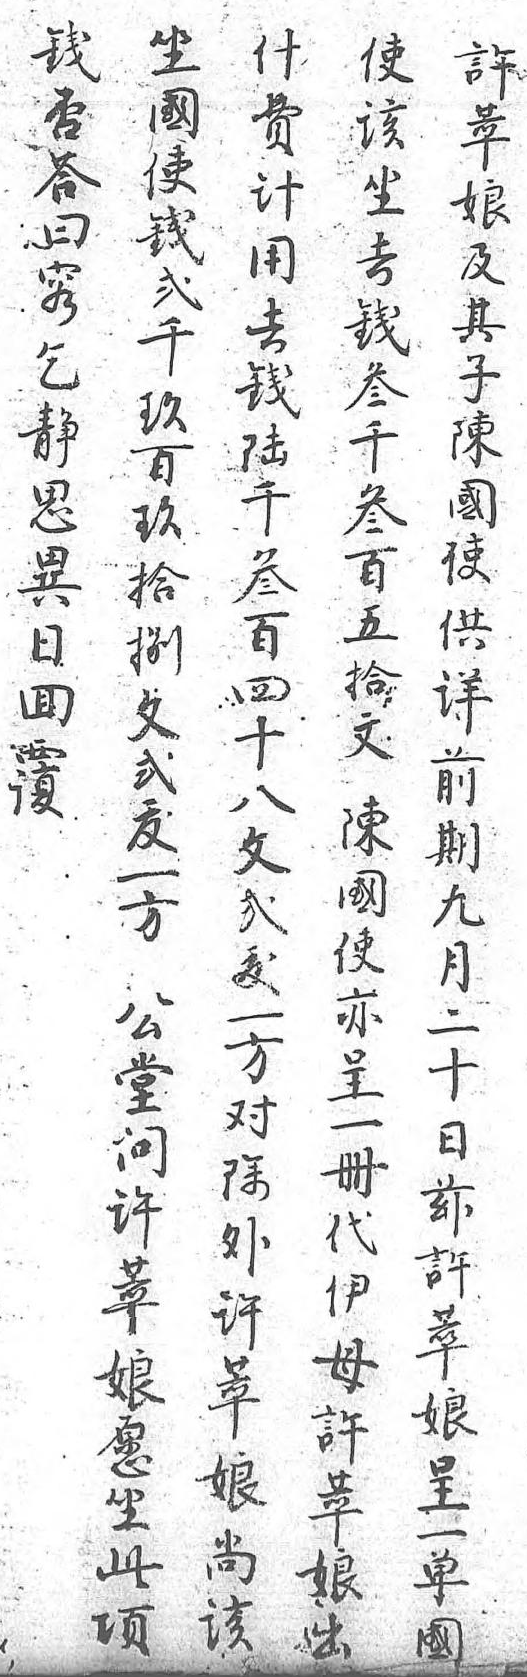
坐什錢使許國費否該萃使計答坐娘錢用曰去及貳去容錢其千餞乞叁子玖陸静千陳百千思叁國玖叁異百使拾百日五供捌四回拾詳文十復文前貳八 陳期鈸文 國九一貳 使月方鈸 亦二 一 呈十公方 一日堂對 册茲問除 代許許外 伊萃萃許 母娘娘萃 許呈願娘 萃一坐尚 娘單此該 出國項